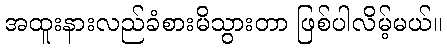
အထူးနားလည်ခံစားမိသွားတာ ဖြစ်ပါလိမ့်မယ်။